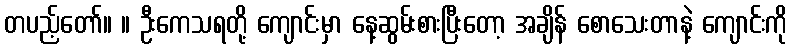
တပည့်တော်။ ။ ဦးကေသရတို့ ကျောင်းမှာ နေ့ဆွမ်းစားပြီးတော့ အချိန် စောသေးတာနဲ့ ကျောင်းကို